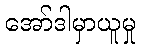
အော်ဒါမှာယူမှု